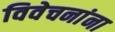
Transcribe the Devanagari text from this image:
विवेचनांना